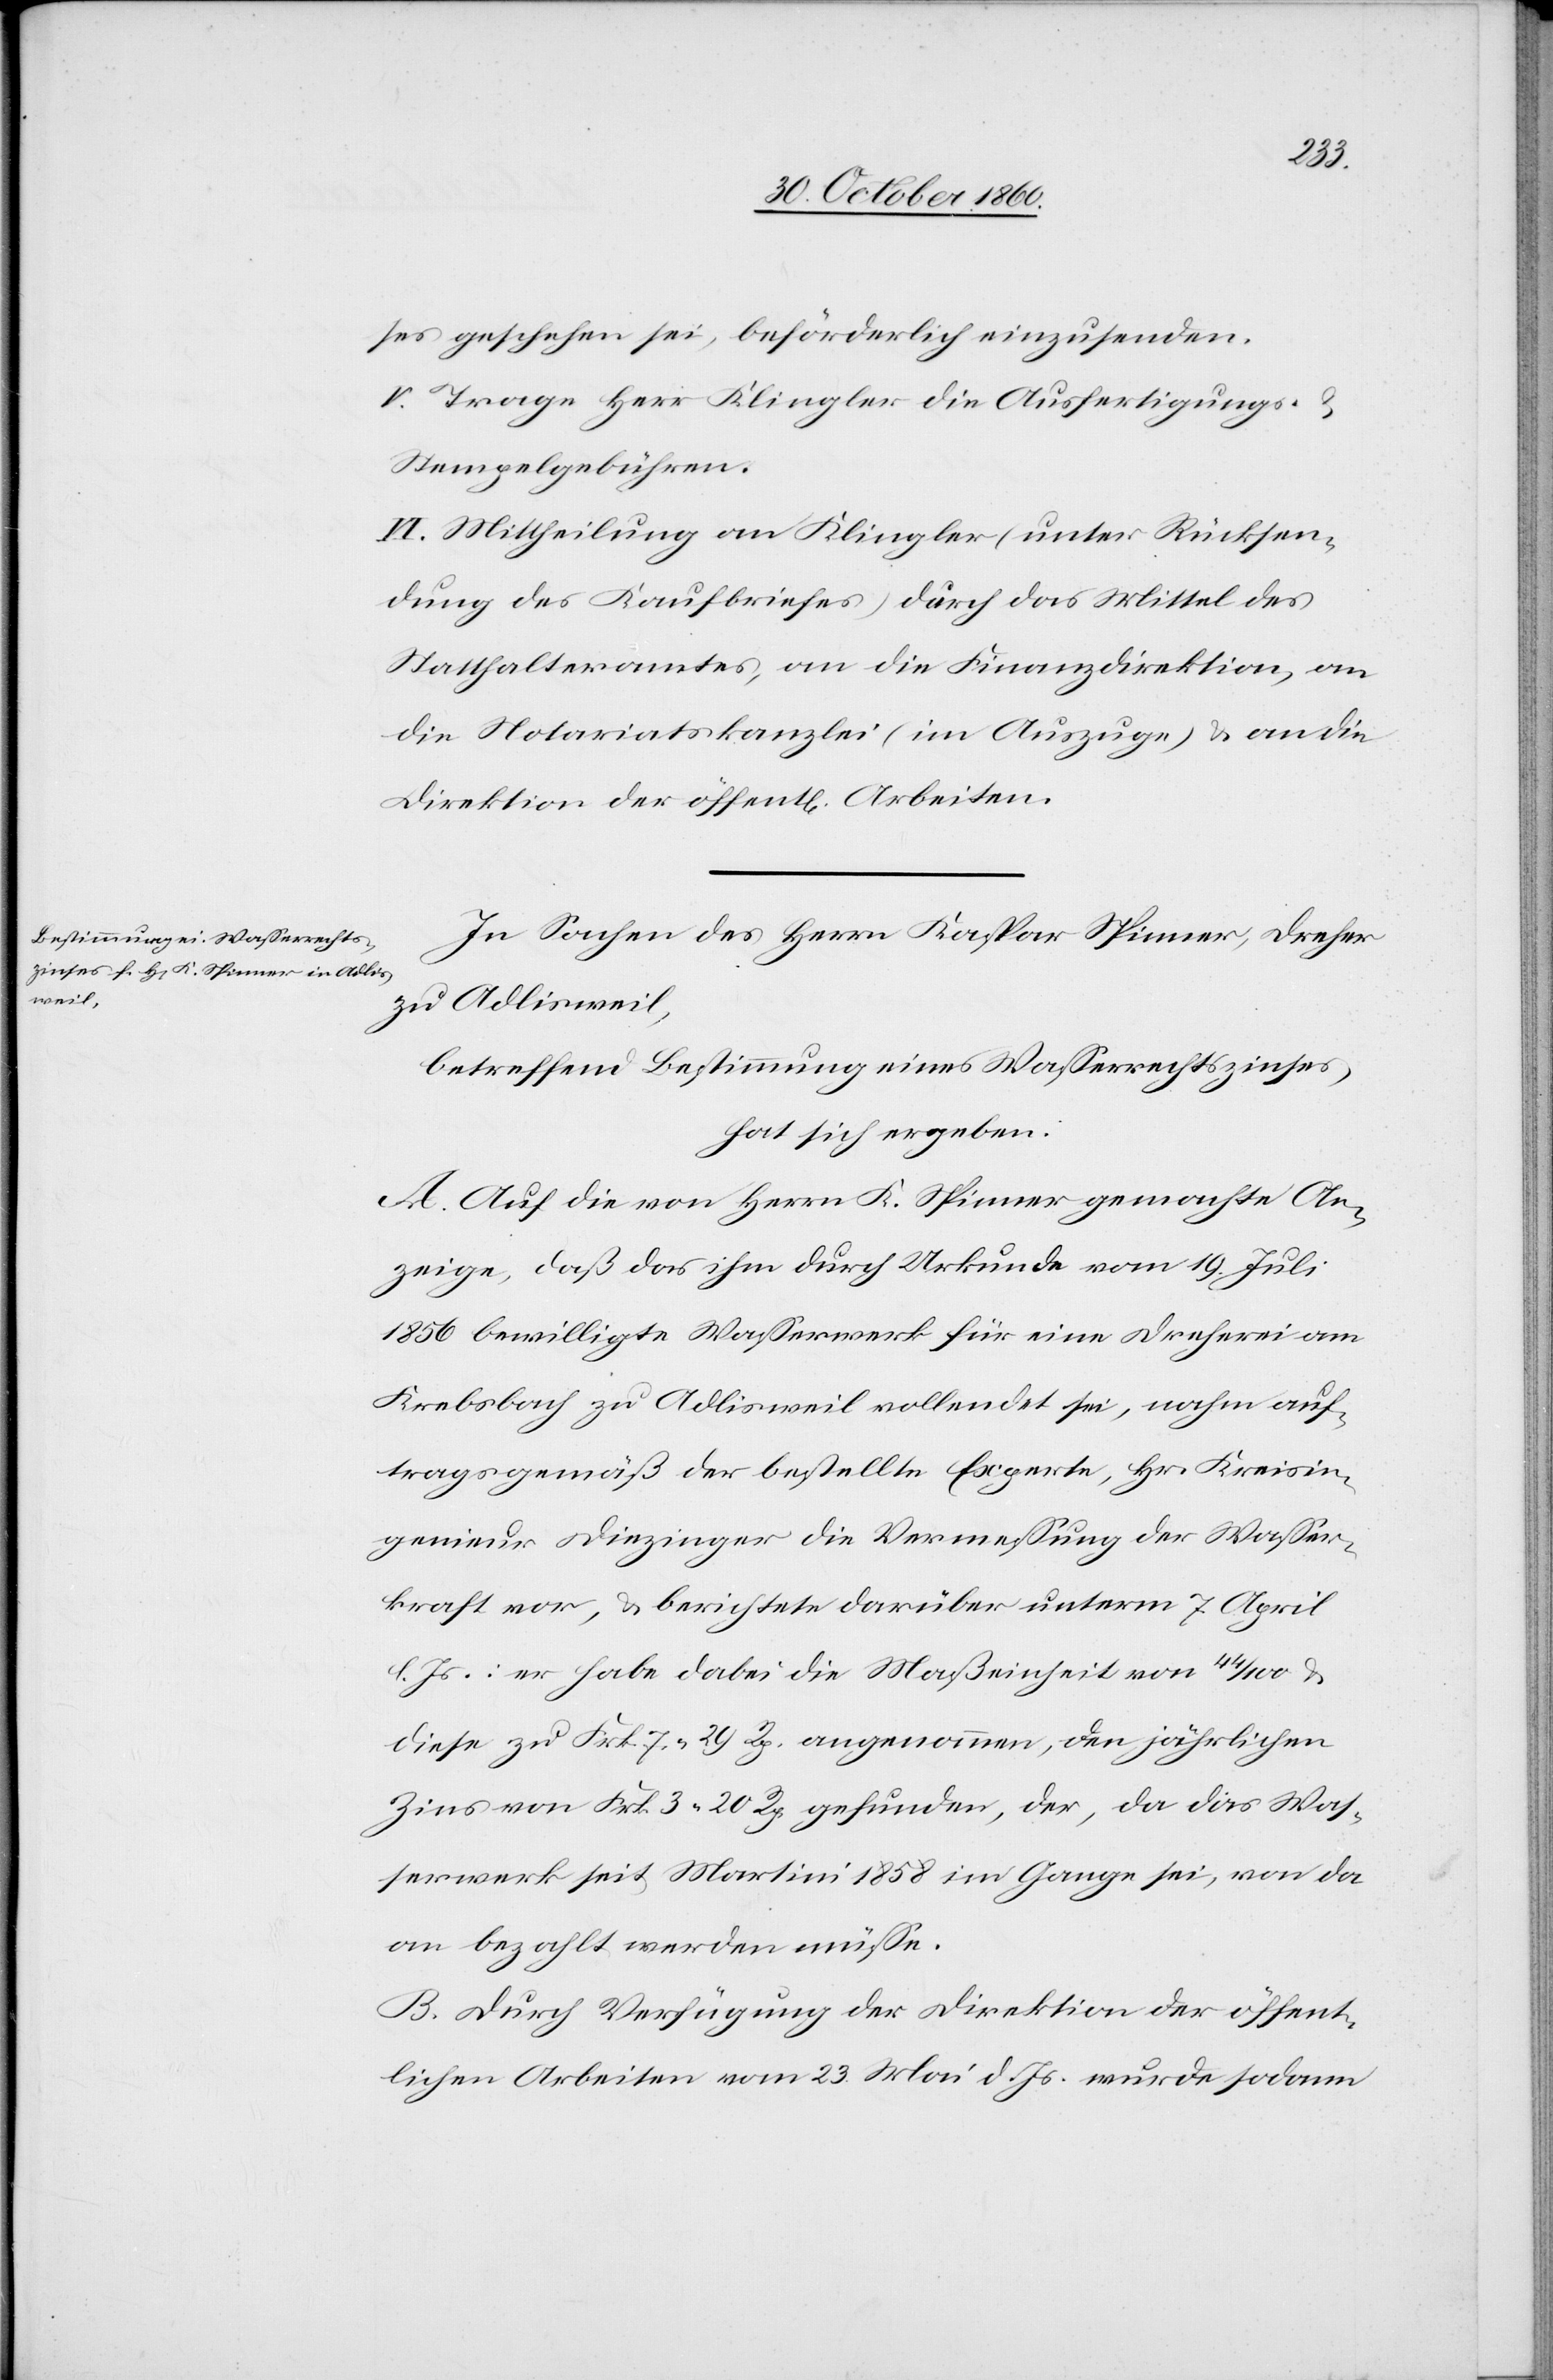
ses geschehen sei, beförderlich einzusenden.
V. Trage Herr Klingler die Ausfertigungs- u.
Stempelgebühren.
VI. Mittheilung an Klingler (unter Rücksen¬
dung des Kaufbriefes) durch das Mittel des
Statthalteramtes, an die Finanzdirektion, an
die Notariatskanzlei (im Auszuge) u. an die
Direktion der öffent[lichen] Arbeiten.
In Sachen des Herrn Kaspar Spinner, Dreher
zu Adlisweil,
betreffend Bestimmung eines Wasserzinses,
hat sich ergeben:
A. Auf die von Herrn K. Spinner gemachte An¬
zeige, daß das ihm durch Urkunde vom 19. Juli
1856 bewilligte Wasserwerk für eine Dreherei am
Krebsbach zu Adlisweil vollendet sei, nahm auf¬
tragsgemäß der bestellte Experte, Hr. Kreisin¬
genieur Diezinger die Vermessung der Wasser¬
kraft vor, u. berichtete darüber unterm 7. April
d. Js.: er habe dabei die Maßeinheit von 44/100 u.
diese zu Frk. 7 29 Rp. angenommen, den jährlichen
Zins von Frk. 3 20 Rp. gefunden, der, da das Was¬
serwerk seit Martini 1858 im Gange sei, von da
an bezahlt werde müsse.
B. Durch Verfügung der Direktion der öffent¬
lichen Arbeiten vom 23. Mai d. Js. wurde sodann